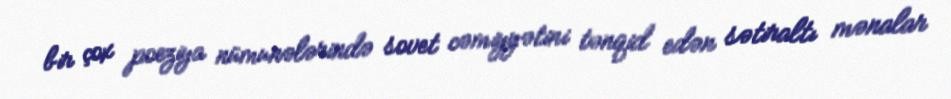
bir çox poeziya nümunələrində sovet cəmiyyətini tənqid edən sətiraltı mənalar